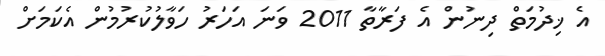
އެ ޚިދުމަތް ދިނުން އެ ފަރާތާ 2011 ވަނަ އަހަރު ހަވާލުކުރުމުން އެކަމަށް